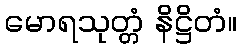
မောရသုတ္တံ နိဋ္ဌိတံ။